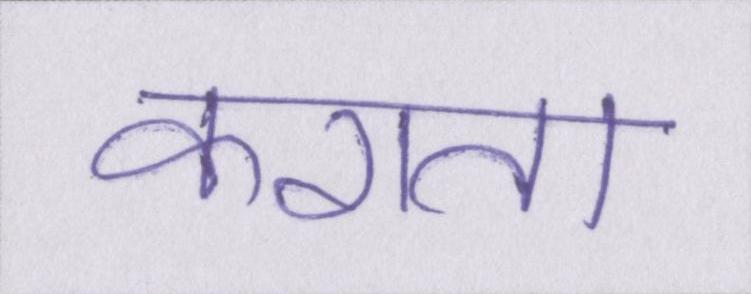
कराता